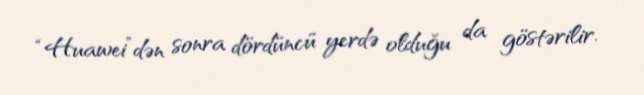
“Huawei”dən sonra dördüncü yerdə olduğu da göstərilir.